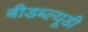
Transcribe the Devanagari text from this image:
बीडब्ल्यूडी